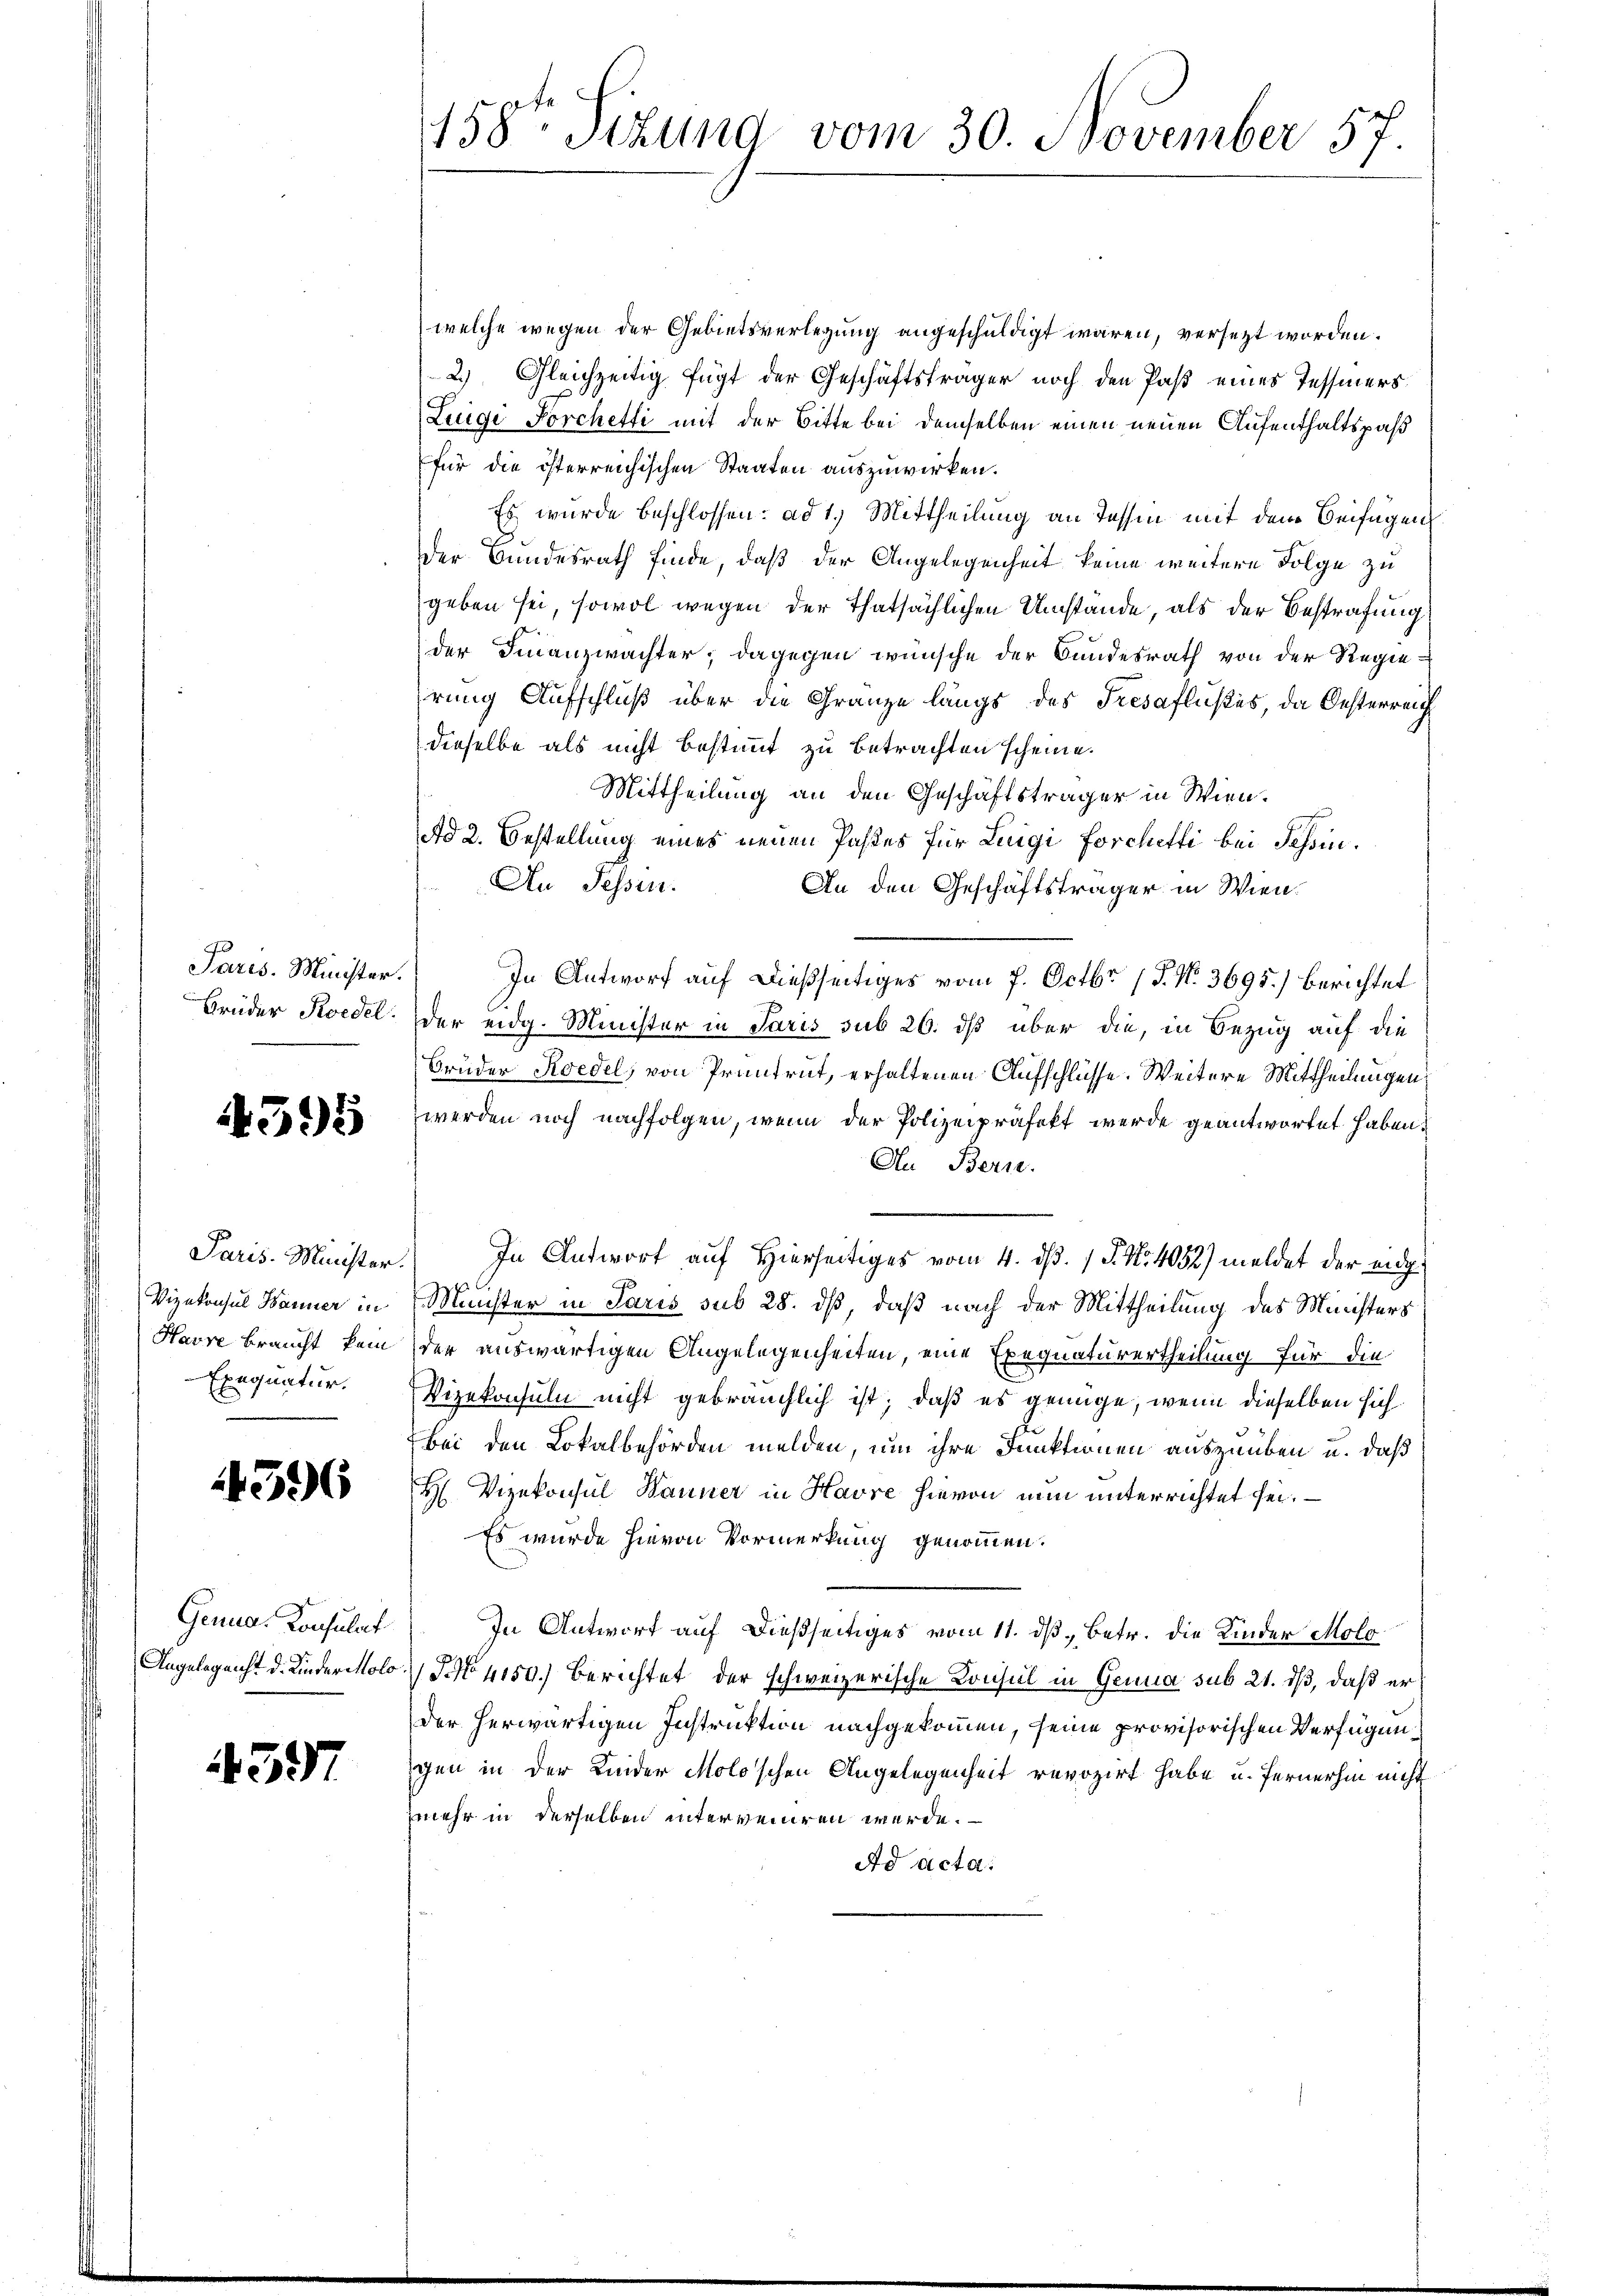
Paris. Minister.
Brüder Pedel.

1395

Paris. Minister
Vizekonsul Hanner in
Havre braucht kein
Exequatur.

596

Genua, Konsulat
Angelegenst d. Kinder Molo

4397

158te Sizung vom 30 November 57

welche wegen der Gebietsverlegung angeschuldigt waren, versetzt worden.
2.) Gleichzeitig fügt der Geschäftsträger noch den Paß eines Tessiners
Luigi Forchetti mit der Bitte bei demselben einen neuen Aufenthaltspaß
für die österreichischen Staaten auszuwirken.
Es wurde beschlossen: ad 1. Mittheilung an Tessin mit dem Beifügen
der Bundesrath finde, daß der Angelegenheit keine weitere Folge zu
geben sei, sowol wegen der Thatsächlichen Umstände, als der Bestrafung
der Finanzwachter, dagegen wünsche der Bundesrath von der Regiehrung Aufschluß über die Gränze längs des Tresaflußes, da Oesterreich
dieselbe als nicht bestimmt zu betrachten scheine.
Mittheilung an den Geschäftsträger in Wien.
Ad 2. Bestellung eines neuen Pastes für Luigi Forchetti bei Schin¬
An Tessin.
An den Geschäftsträger in Wien.
In Antworf auf dießseitiges vom 7. Octbr. 17. No. 3695.) berichtet
der eidg. Minister in Paris sub 26. ds über die, in Bezug auf die
Bruder Koedel, von Pruntrut, erhaltenen Aufschlüsse. Weitere Mittheilungen,
werden noch nachfolgen, wenn der Polizeipräfekt werde geantwortet haben.
An Bern.
In Antwort auf Hierseitiges vom 4. d. 1 S. Nr. 4052) meldet der eidg¬
Müchter in Paris sub 28. dß, daß nach der Mittheilung des Ministers
der auswärtigen Angelegenheiten, eine Exequaturertheilung für die
Vizekonsuln nicht gebräuchlich ist; daß es genüge, wenn dieselben sich
bei den Lokalbehörden melden, um ihre Junktionen auszuüben u. daß
H Vizekonsul Manner in Havre hievon nun unterrichtet sei.
Es wurde hievon Vormerkung genommen.
In Antwort auf dießseitiges vom 11. ds. betr. die Kinder Molo¬
 NNo. 4150. Berichtet der schweizerische Konsul in Genua sub 21. dß, daß er
der herwärtigen Instruktion nachgekommen, seine provisorischen Verfügungen in der Kinder Moloschen Angelegenheit revozirt habe u. fernerhin nicht
mehr in derselben interveniren werde.
Ad Acta.